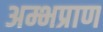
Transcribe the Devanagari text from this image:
अम्भप्राण